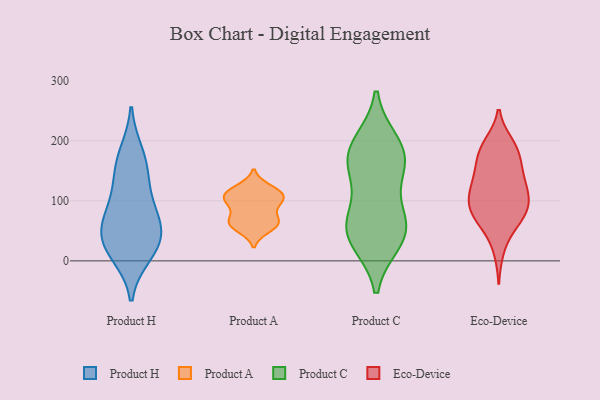
{"axis": {"x": "Energy Usage (MWh)", "y": "Value"}, "legend": ["Eco-Device", "Product A", "Product C", "Product H"], "data": [{"x": "", "y": 39, "type": "Product H"}, {"x": "", "y": 69, "type": "Product H"}, {"x": "", "y": 132, "type": "Product H"}, {"x": "", "y": 91, "type": "Product H"}, {"x": "", "y": 12, "type": "Product H"}, {"x": "", "y": 66, "type": "Product H"}, {"x": "", "y": 178, "type": "Product H"}, {"x": "", "y": 158, "type": "Product H"}, {"x": "", "y": 25, "type": "Product H"}, {"x": "", "y": 31, "type": "Product H"}, {"x": "", "y": 62, "type": "Product A"}, {"x": "", "y": 62, "type": "Product A"}, {"x": "", "y": 104, "type": "Product A"}, {"x": "", "y": 69, "type": "Product A"}, {"x": "", "y": 121, "type": "Product A"}, {"x": "", "y": 108, "type": "Product A"}, {"x": "", "y": 95, "type": "Product A"}, {"x": "", "y": 95, "type": "Product A"}, {"x": "", "y": 65, "type": "Product A"}, {"x": "", "y": 111, "type": "Product A"}, {"x": "", "y": 54, "type": "Product A"}, {"x": "", "y": 115, "type": "Product A"}, {"x": "", "y": 38, "type": "Product C"}, {"x": "", "y": 67, "type": "Product C"}, {"x": "", "y": 143, "type": "Product C"}, {"x": "", "y": 60, "type": "Product C"}, {"x": "", "y": 34, "type": "Product C"}, {"x": "", "y": 172, "type": "Product C"}, {"x": "", "y": 164, "type": "Product C"}, {"x": "", "y": 183, "type": "Product C"}, {"x": "", "y": 60, "type": "Product C"}, {"x": "", "y": 195, "type": "Product C"}, {"x": "", "y": 66, "type": "Eco-Device"}, {"x": "", "y": 62, "type": "Eco-Device"}, {"x": "", "y": 149, "type": "Eco-Device"}, {"x": "", "y": 96, "type": "Eco-Device"}, {"x": "", "y": 167, "type": "Eco-Device"}, {"x": "", "y": 117, "type": "Eco-Device"}, {"x": "", "y": 146, "type": "Eco-Device"}, {"x": "", "y": 118, "type": "Eco-Device"}, {"x": "", "y": 71, "type": "Eco-Device"}, {"x": "", "y": 188, "type": "Eco-Device"}, {"x": "", "y": 194, "type": "Eco-Device"}, {"x": "", "y": 188, "type": "Eco-Device"}, {"x": "", "y": 120, "type": "Eco-Device"}, {"x": "", "y": 77, "type": "Eco-Device"}, {"x": "", "y": 138, "type": "Eco-Device"}, {"x": "", "y": 183, "type": "Eco-Device"}, {"x": "", "y": 95, "type": "Eco-Device"}, {"x": "", "y": 19, "type": "Eco-Device"}, {"x": "", "y": 89, "type": "Eco-Device"}, {"x": "", "y": 99, "type": "Eco-Device"}]}